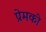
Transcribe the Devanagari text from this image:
प्रेमकी